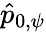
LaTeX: \hat{p}_{0,\psi}